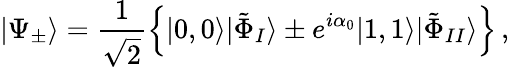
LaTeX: |\Psi_{\pm}\rangle=\frac{1}{\sqrt{2}}\left\{ |0,0\rangle|\tilde{\Phi}_{I}\rangle\pm e^{i\alpha_{0}}|1,1\rangle|\tilde{\Phi}_{II}\rangle\right\} \, ,